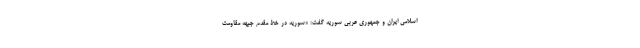
اسلامی ایران و جمهوری عربی سوریه گفت: «سوریه در خط مقدم جبهه مقاومت